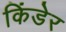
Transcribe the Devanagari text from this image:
किंडेर